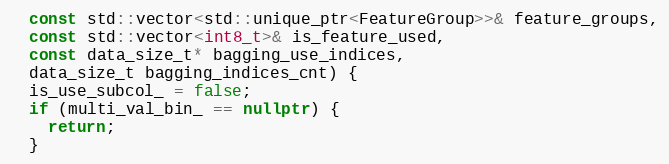
Language: C++
  const std::vector<std::unique_ptr<FeatureGroup>>& feature_groups,
  const std::vector<int8_t>& is_feature_used,
  const data_size_t* bagging_use_indices,
  data_size_t bagging_indices_cnt) {
  is_use_subcol_ = false;
  if (multi_val_bin_ == nullptr) {
    return;
  }